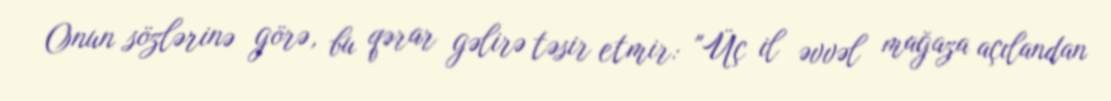
Onun sözlərinə görə, bu qərar gəlirə təsir etmir: "Üç il əvvəl mağaza açılandan